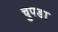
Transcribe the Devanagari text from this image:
चुपड़ा